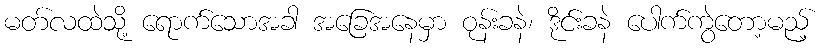
မတ်လထဲသို့ ရောက်သောအခါ အခြေအနေမှာ ဝုန်းခနဲ၊ ဒိုင်းခနဲ ပေါက်ကွဲတော့မည့်